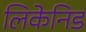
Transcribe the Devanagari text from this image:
लिकेनिड